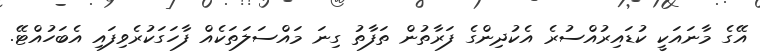
އޭގެ މާނައަކީ ކުޑައިރުއްސުރެ އެކުދިންގެ ފަރާތުން ތަފާތު ގިނަ މައްސަލަތަކެއް ފާހަގަކުރެވިފައި އެބަހުއްޓޭ.